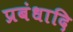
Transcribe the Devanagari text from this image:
प्रबंधादि